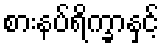
စားနပ်ရိက္ခာနှင့်